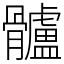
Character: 髗